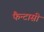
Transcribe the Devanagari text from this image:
फैन्टासी